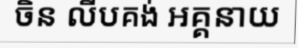
ចិន លីបគង់ អគ្គនាយ